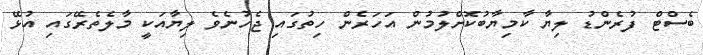
ބެސްޓް ފުރެންޑު ލިޔާ ކާމިޔާބުކޮށްލުމުން އަހަރެން ހިތުގައި ޖެހުނެވެ ލިޔާއަކީ މާލެތެރޭގައި އުޅޭ